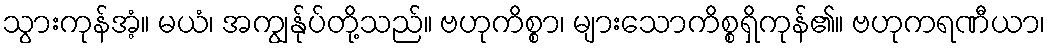
သွားကုန်အံ့။ မယံ၊ အကျွန်ုပ်တို့သည်။ ဗဟုကိစ္စာ၊ များသောကိစ္စရှိကုန်၏။ ဗဟုကရဏီယာ၊